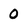
Character: 0